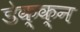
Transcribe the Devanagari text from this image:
डेक्क्न